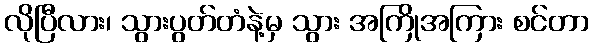
လိုပြီလား၊ သွားပွတ်တံနဲ့မှ သွား အကြိုအကြား စင်တာ